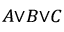
\scriptstyle A \lor B \lor C